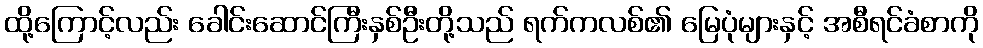
ထို့ကြောင့်လည်း ခေါင်းဆောင်ကြီးနှစ်ဦးတို့သည် ရက်ကလစ်၏ မြေပုံများနှင့် အစီရင်ခံစာကို